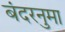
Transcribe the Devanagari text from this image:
बंदरनुमा